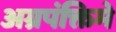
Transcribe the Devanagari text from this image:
अग्रपंक्तिमे